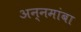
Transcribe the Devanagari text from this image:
अन्नमांबा